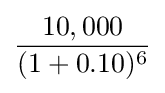
{\frac {10,000}{(1+0.10)^{6}}}